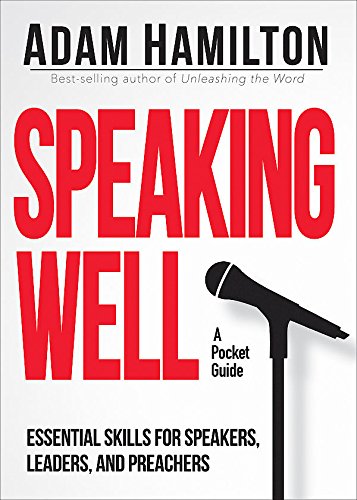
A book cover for Speaking Well: Essential Skills for Speakers, Leaders, and Preachers; Adam Hamilton; Reference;